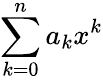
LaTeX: \sum_{k=0}^{n}a_{k}x^{k}